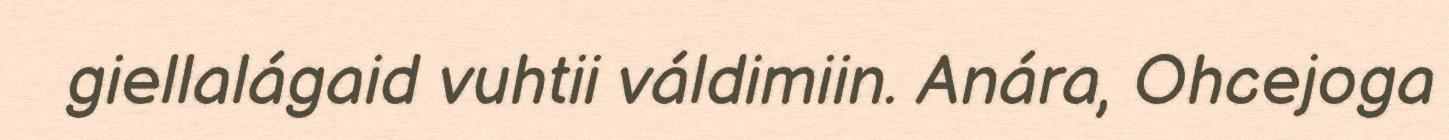
giellalágaid vuhtii váldimiin. Anára, Ohcejoga